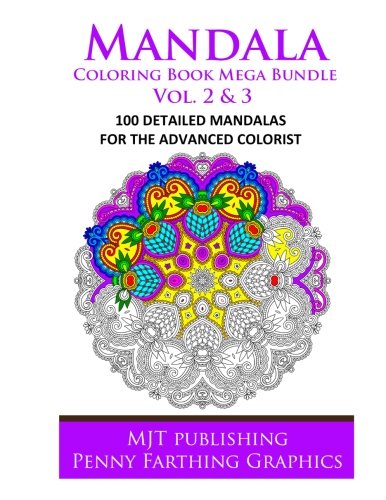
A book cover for Mandala Coloring Book Mega Bundle Vol. 2 & 3: 100 Detailed Mandala Patterns; Mjt Publishing; Arts & Photography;